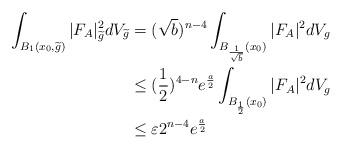
LaTeX: \begin{align*}\int_{B_{1}(x_{0},\widetilde{g})}|F_{A}|^{2}_{\widetilde{g}}dV_{\widetilde{g}}&=(\sqrt{b})^{n-4}\int_{B_{\frac{1}{\sqrt{b}}}(x_{0})}|F_{A}|^{2}dV_{g}\\&\leq(\frac{1}{2})^{4-n}e^{\frac{a}{2}}\int_{B_{\frac{1}{2}}(x_{0})}|F_{A}|^{2}dV_{g}\\&\leq\varepsilon2^{n-4}e^{\frac{a}{2}}\\\end{align*}